Civil Veterinary Department Bengal reports 1933-51 - 1933-1951
Year: 1933
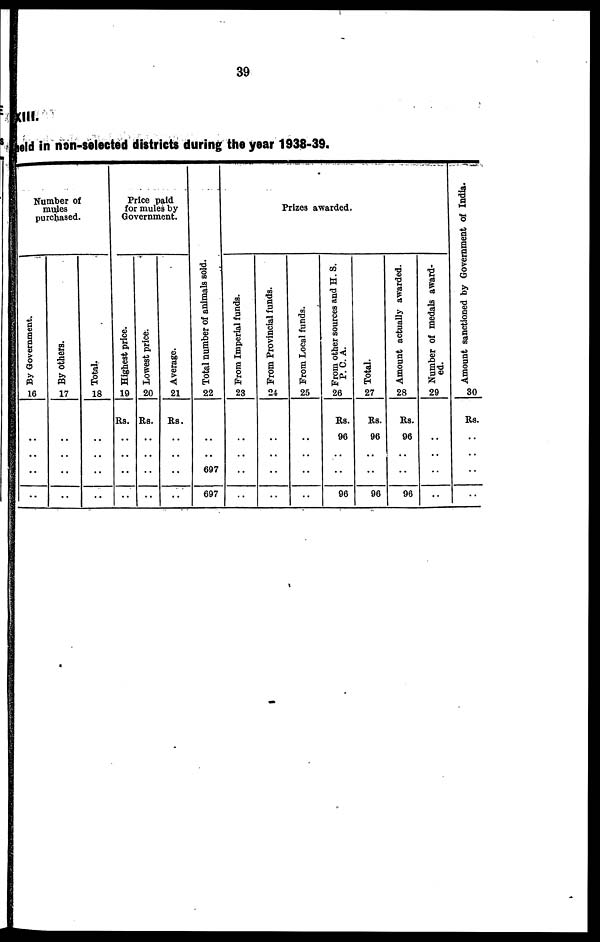
39
(III.
held in non-selected districts during the year 1938-39.
Number of
nudes
purchased.
By Government.
16
..
..
..
By others.
17
..
..
..
Total.
18
..
..
..
Price paid
for mules by
Government.
Highest price.
19
Rs.
..
..
..
Lowest price.
20
Rs.
..
..
..
Average.
21
Rs.
..
..
..
Total number of animals sold.
22
..
697
697
Prizes awarded.
From Imperial funds.
23
..
..
..
From Provincial funds.
24
..
..
..
From Local funds.
25
..
..
..
From other sources and H. S.
P. C. A.
26
Rs.
96
..
96
Total.
27
Rs.
96
..
96
Amount actually awarded.
28
Rs.
96
..
96
Number of medals award-
ed.
29
..
..
..
Amount sanctioned by Government of India.
30
Rs.
..
..